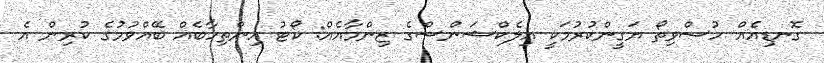
ގޮނޑިއެއް ހުސްވިތޯ ޔަގީންކުރުމަކީ އިލެކްޝަންސްގެ ޒިންމާއެއް: ކޯޓު އިންތިހާބެއް ބޭއްވުމުގެ ކުރިން އެ